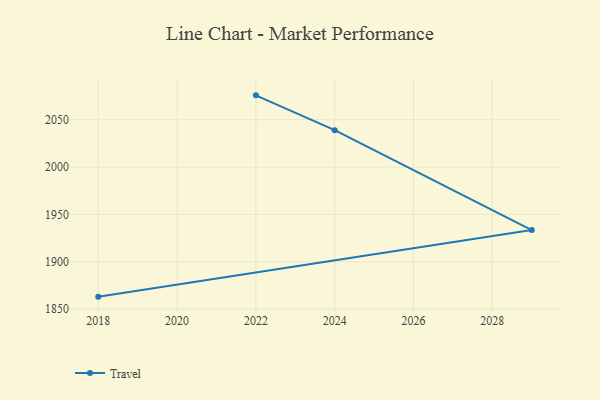
{"axis": {"x": "Year", "y": "Budget (USD K)"}, "legend": ["Travel"], "data": [{"x": "2022", "y": 2075.8, "type": "Travel"}, {"x": "2024", "y": 2039.0, "type": "Travel"}, {"x": "2029", "y": 1933.5, "type": "Travel"}, {"x": "2018", "y": 1863.2, "type": "Travel"}]}